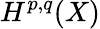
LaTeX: H^{p,q}(X)